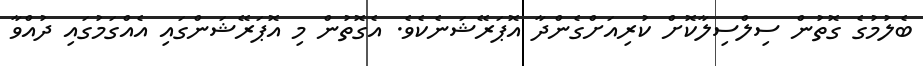
ބެލުމުގެ ގޮތުން ސިލްސިލާކޮށް ކުރިއަށްގެންދާ އޮޕަރޭޝަނެކެވެ. އެގޮތުން މި އޮޕަރޭޝަންގައި އެއްގަމުގައި ދުއްވާ